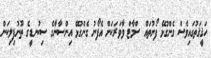
ހަޤީޤަތުގައިވެސް ގެންގުޅޭ ފޯނުތައް ސްމާޓް ވާވަރަކަށް އެފޯނު ގެންގުޅޭ އިންސާނާގެ ސިކުނޑީގެ ތޫނުފިލިކަން